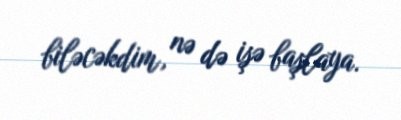
biləcəkdim, nə də işə başlaya.